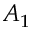
A _ { 1 }